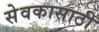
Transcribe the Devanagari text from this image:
सेवकासाठी